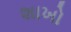
શાખો